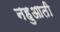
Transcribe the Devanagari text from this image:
नहुआती